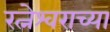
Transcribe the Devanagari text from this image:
रत्नेश्वराच्या